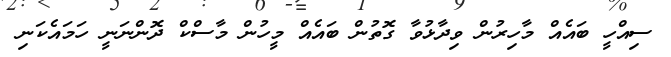
ސިއްހީ ބައެއް މާހިރުން ވިދާޅުވާ ގޮތުން ބައެއް މީހުން މާސްކް ދޮންނަނީ ހަމައެކަނި